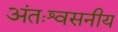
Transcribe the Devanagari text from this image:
अंतःश्वसनीय